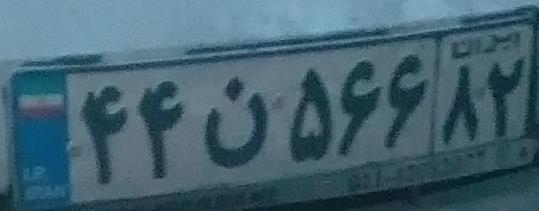
۴۴ن۵۶۶۸۲